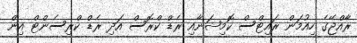
ރާއްޖޭގެ ހިއުމަން ރައިޓްސް ކޮމިޝަނާއި ރެޑް ކްރޮސް އަދި ރެޑް ކްރިސެންޓް އިން